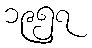
၁၉၅၇